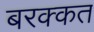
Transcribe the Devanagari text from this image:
बरक्कत